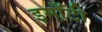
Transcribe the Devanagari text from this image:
इमाँटी